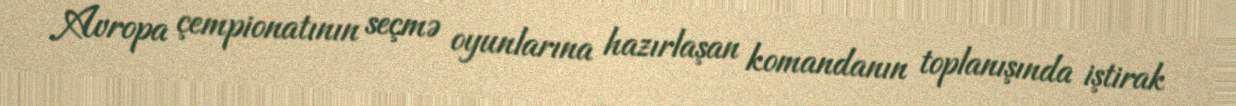
Avropa çempionatının seçmə oyunlarına hazırlaşan komandanın toplanışında iştirak